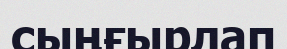
сыңғырлап